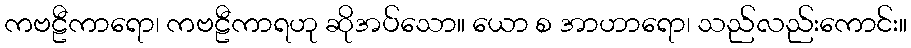
ကဗဠီကာရော၊ ကဗဠီကာရဟု ဆိုအပ်သော။ ယော စ အာဟာရော၊ သည်လည်းကောင်း။